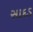
સાદડ